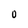
Character: O